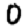
Digit: 0